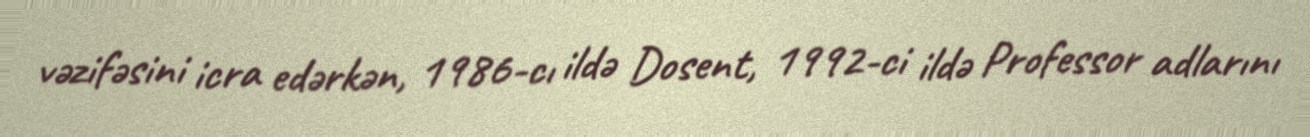
vəzifəsini icra edərkən, 1986-cı ildə Dosent, 1992-ci ildə Professor adlarını